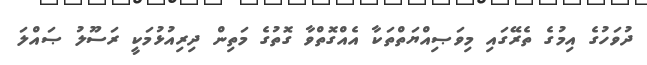
ދުވަހުގެ އިމުގެ ތެރޭގައި މިވަޞިއްޔަތްތަކާ އެއްގޮތްވާ ގޮތުގެ މަތިން ދިރިއުޅުމަކީ ރަސޫލު ޞައްލަ